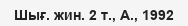
Шығ. жин. 2 т., А., 1992